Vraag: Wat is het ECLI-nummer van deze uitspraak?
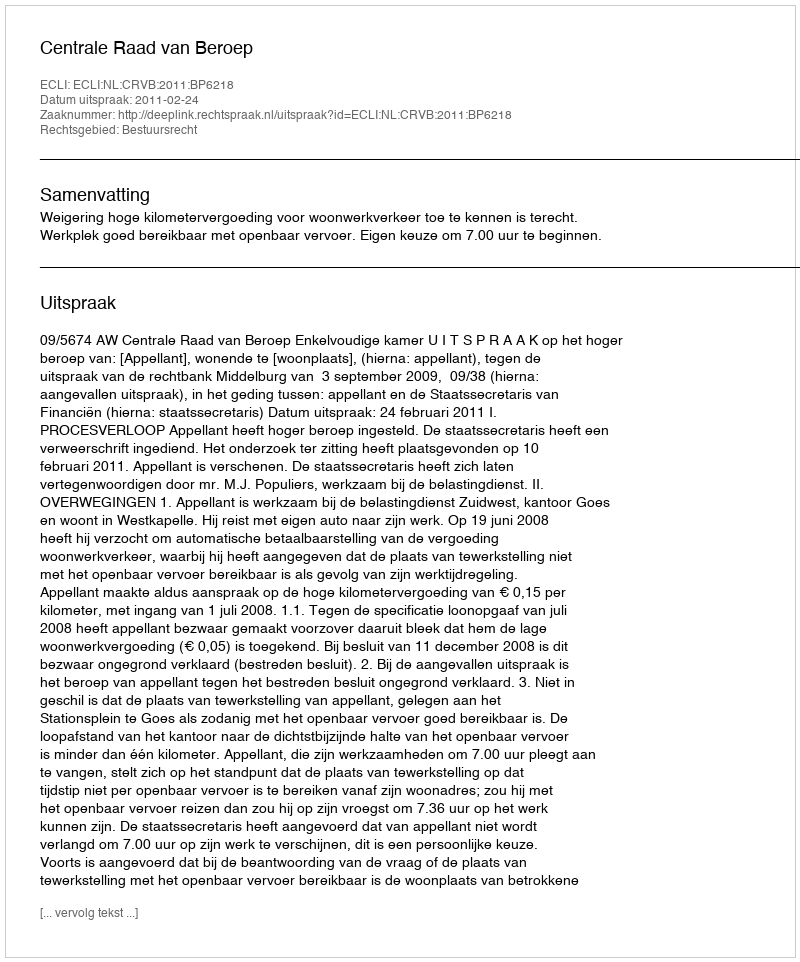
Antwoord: ECLI:NL:CRVB:2011:BP6218